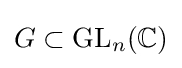
G\subset \mathrm {GL} _{n}(\mathbb {C} )